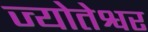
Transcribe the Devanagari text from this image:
ज्योतेश्वर